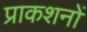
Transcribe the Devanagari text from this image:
प्राकशनों